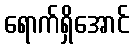
ရောက်ရှိအောင်